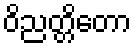
ဝိညတ္တိတော